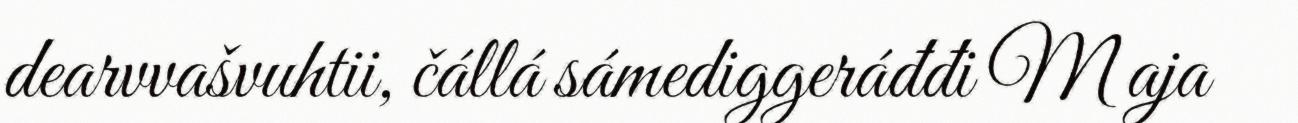
dearvvašvuhtii, čállá sámediggeráđđi M aja